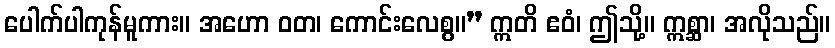
ပေါက်ပါကုန်မူကား။ အဟော ဝတ၊ ကောင်းလေစွ။” ဣတိ ဧဝံ၊ ဤသို့။ ဣစ္ဆာ၊ အလိုသည်။